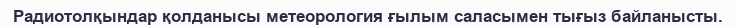
Радиотолқындар қолданысы метеорология ғылым саласымен тығыз байланысты.